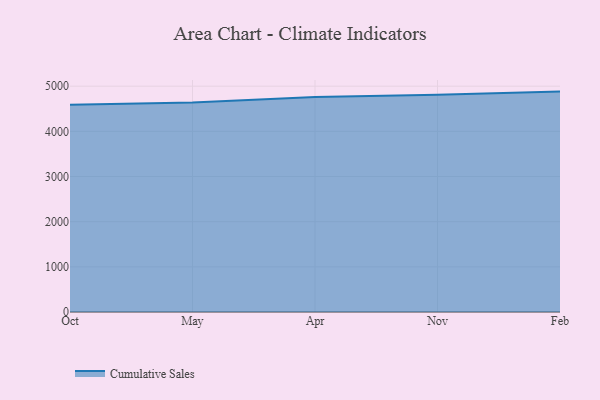
{"axis": {"x": "Month", "y": "Backlog"}, "legend": ["Cumulative Sales"], "data": [{"x": "Oct", "y": 4586.5, "type": "Cumulative Sales"}, {"x": "May", "y": 4641.6, "type": "Cumulative Sales"}, {"x": "Apr", "y": 4760.2, "type": "Cumulative Sales"}, {"x": "Nov", "y": 4808.3, "type": "Cumulative Sales"}, {"x": "Feb", "y": 4880.2, "type": "Cumulative Sales"}]}